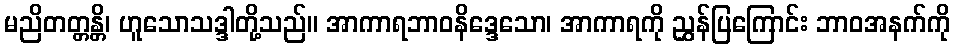
မညိတတ္တန္တိ၊ ဟူသောသဒ္ဒါတို့သည်။ အာကာရဘာဝနိဒ္ဒေသော၊ အာကာရကို ညွှန်ပြကြောင်း ဘာဝအနက်ကို